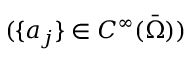
( \{ a _ { j } \} \in C ^ { \infty } ( \Bar { \Omega } ) )